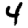
Digit: 4